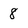
Character: 8